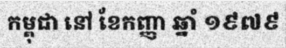
កម្ពុជា នៅ ខែកញ្ញា ឆ្នាំ ១៩៧៩